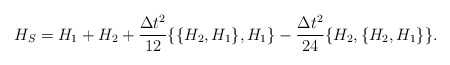
\begin{align*} H_S = H_1+H_2 + \frac{\Delta t^2}{12}\{\{H_2,H_1\},H_1\} - \frac{\Delta t^2}{24}\{H_2,\{H_2,H_1\}\}.\end{align*}